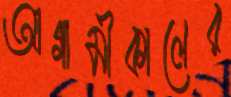
আগামীকালের